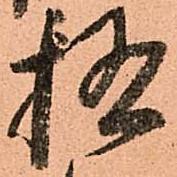
極